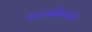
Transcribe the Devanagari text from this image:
हस्तक्षेपकी